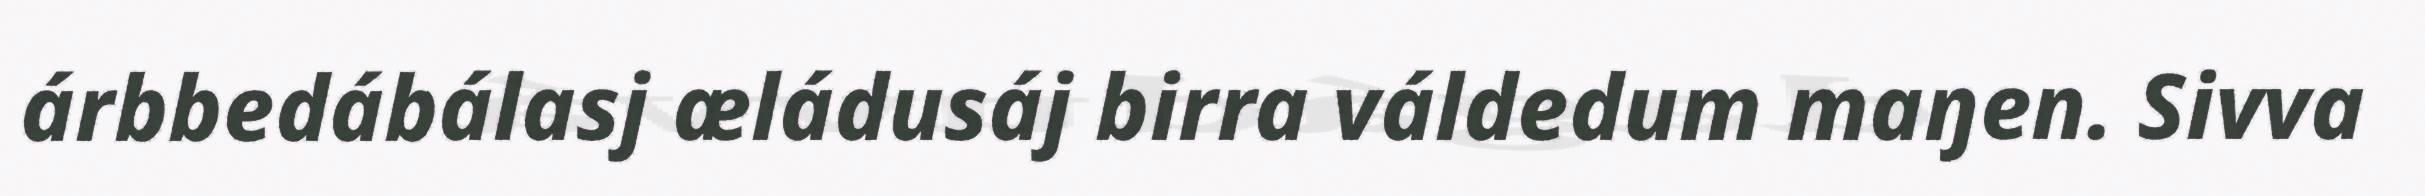
árbbedábálasj æládusáj birra váldedum maŋen. Sivva